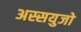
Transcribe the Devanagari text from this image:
अस्सयुजो